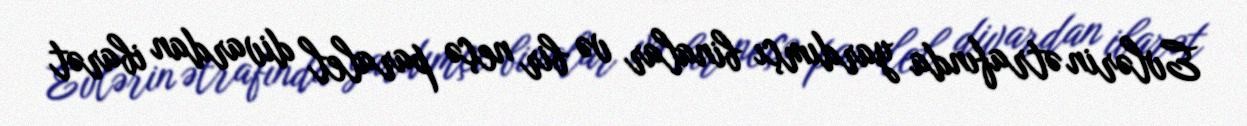
Evlərin ətrafında yardımçı binalar və bir neçə paralel divardan ibarət